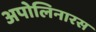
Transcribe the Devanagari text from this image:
अपोलिनारस